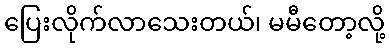
ပြေးလိုက်လာသေးတယ်၊ မမီတော့လို့